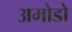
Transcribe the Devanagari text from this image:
अमोडो